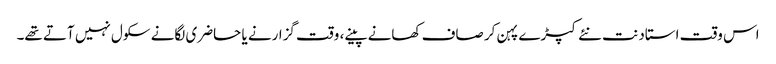
اس وقت استاد نت نئے کپڑے پہن کر صاف کھانے پینے، وقت گزارنے یا حاضری لگانے سکول نہیں آتے تھے۔